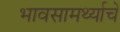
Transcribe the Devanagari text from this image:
भावसामर्थ्याचे